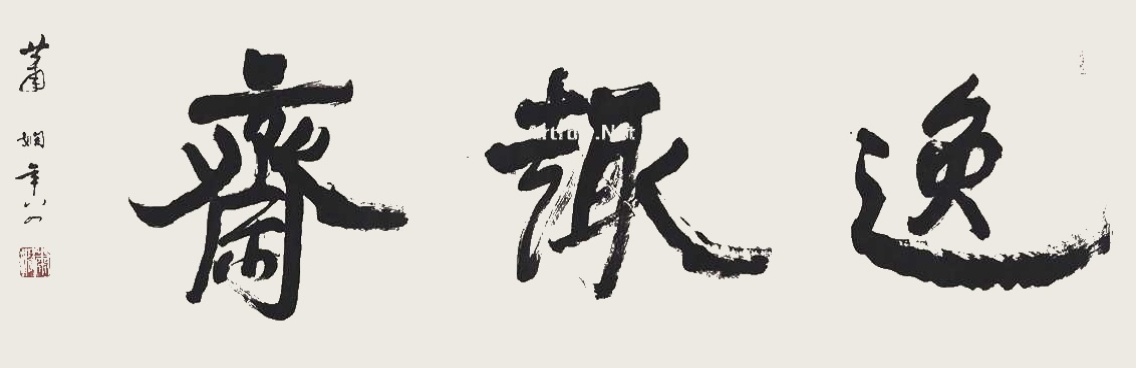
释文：逸趣斋。萧娴年八四。